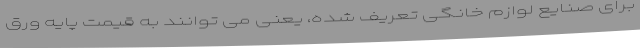
برای صنایع لوازم خانگی تعریف شده، یعنی می توانند به قیمت پایه ورق